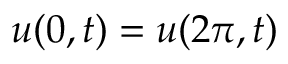
u ( 0 , t ) = u ( 2 \pi , t )